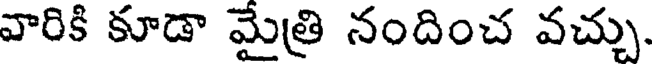
వారికి కూడా మైత్రి నందించ వచ్చు.